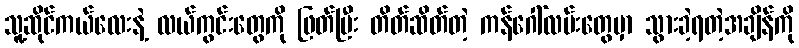
သူ့ဆိုင်ကယ်လေးနဲ့ လယ်ကွင်းတွေကို ဖြတ်ပြီး တိတ်ဆိတ်တဲ့ ကန်ဂေါ်လမ်းတွေမှာ သွားခဲ့ရတဲ့အချိန်ကို